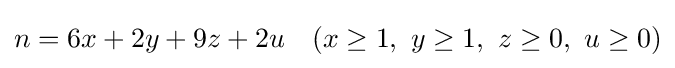
n=6x+2y+9z+2u\quad (x\geq 1,\ y\geq 1,\ z\geq 0,\ u\geq 0)